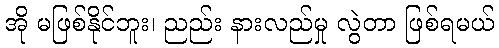
အို မဖြစ်နိုင်ဘူး၊ ညည်း နားလည်မှု လွဲတာ ဖြစ်ရမယ်